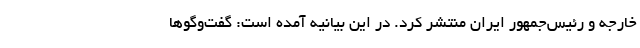
خارجه و رئیس‌جمهور ایران منتشر کرد. در این بیانیه آمده است: گفت‌وگوها